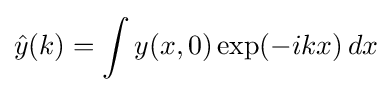
{\hat {y}}(k)=\int y(x,0)\exp(-ikx)\,dx